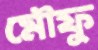
মৌফু